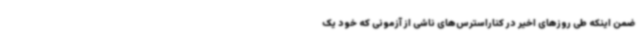
ضمن اینکه طی روزهای اخیر در کناراسترس‌های ناشی از آزمونی که خود یک